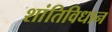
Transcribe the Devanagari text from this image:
शांतिविधान